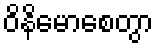
ဝိနိမောစေတွာ